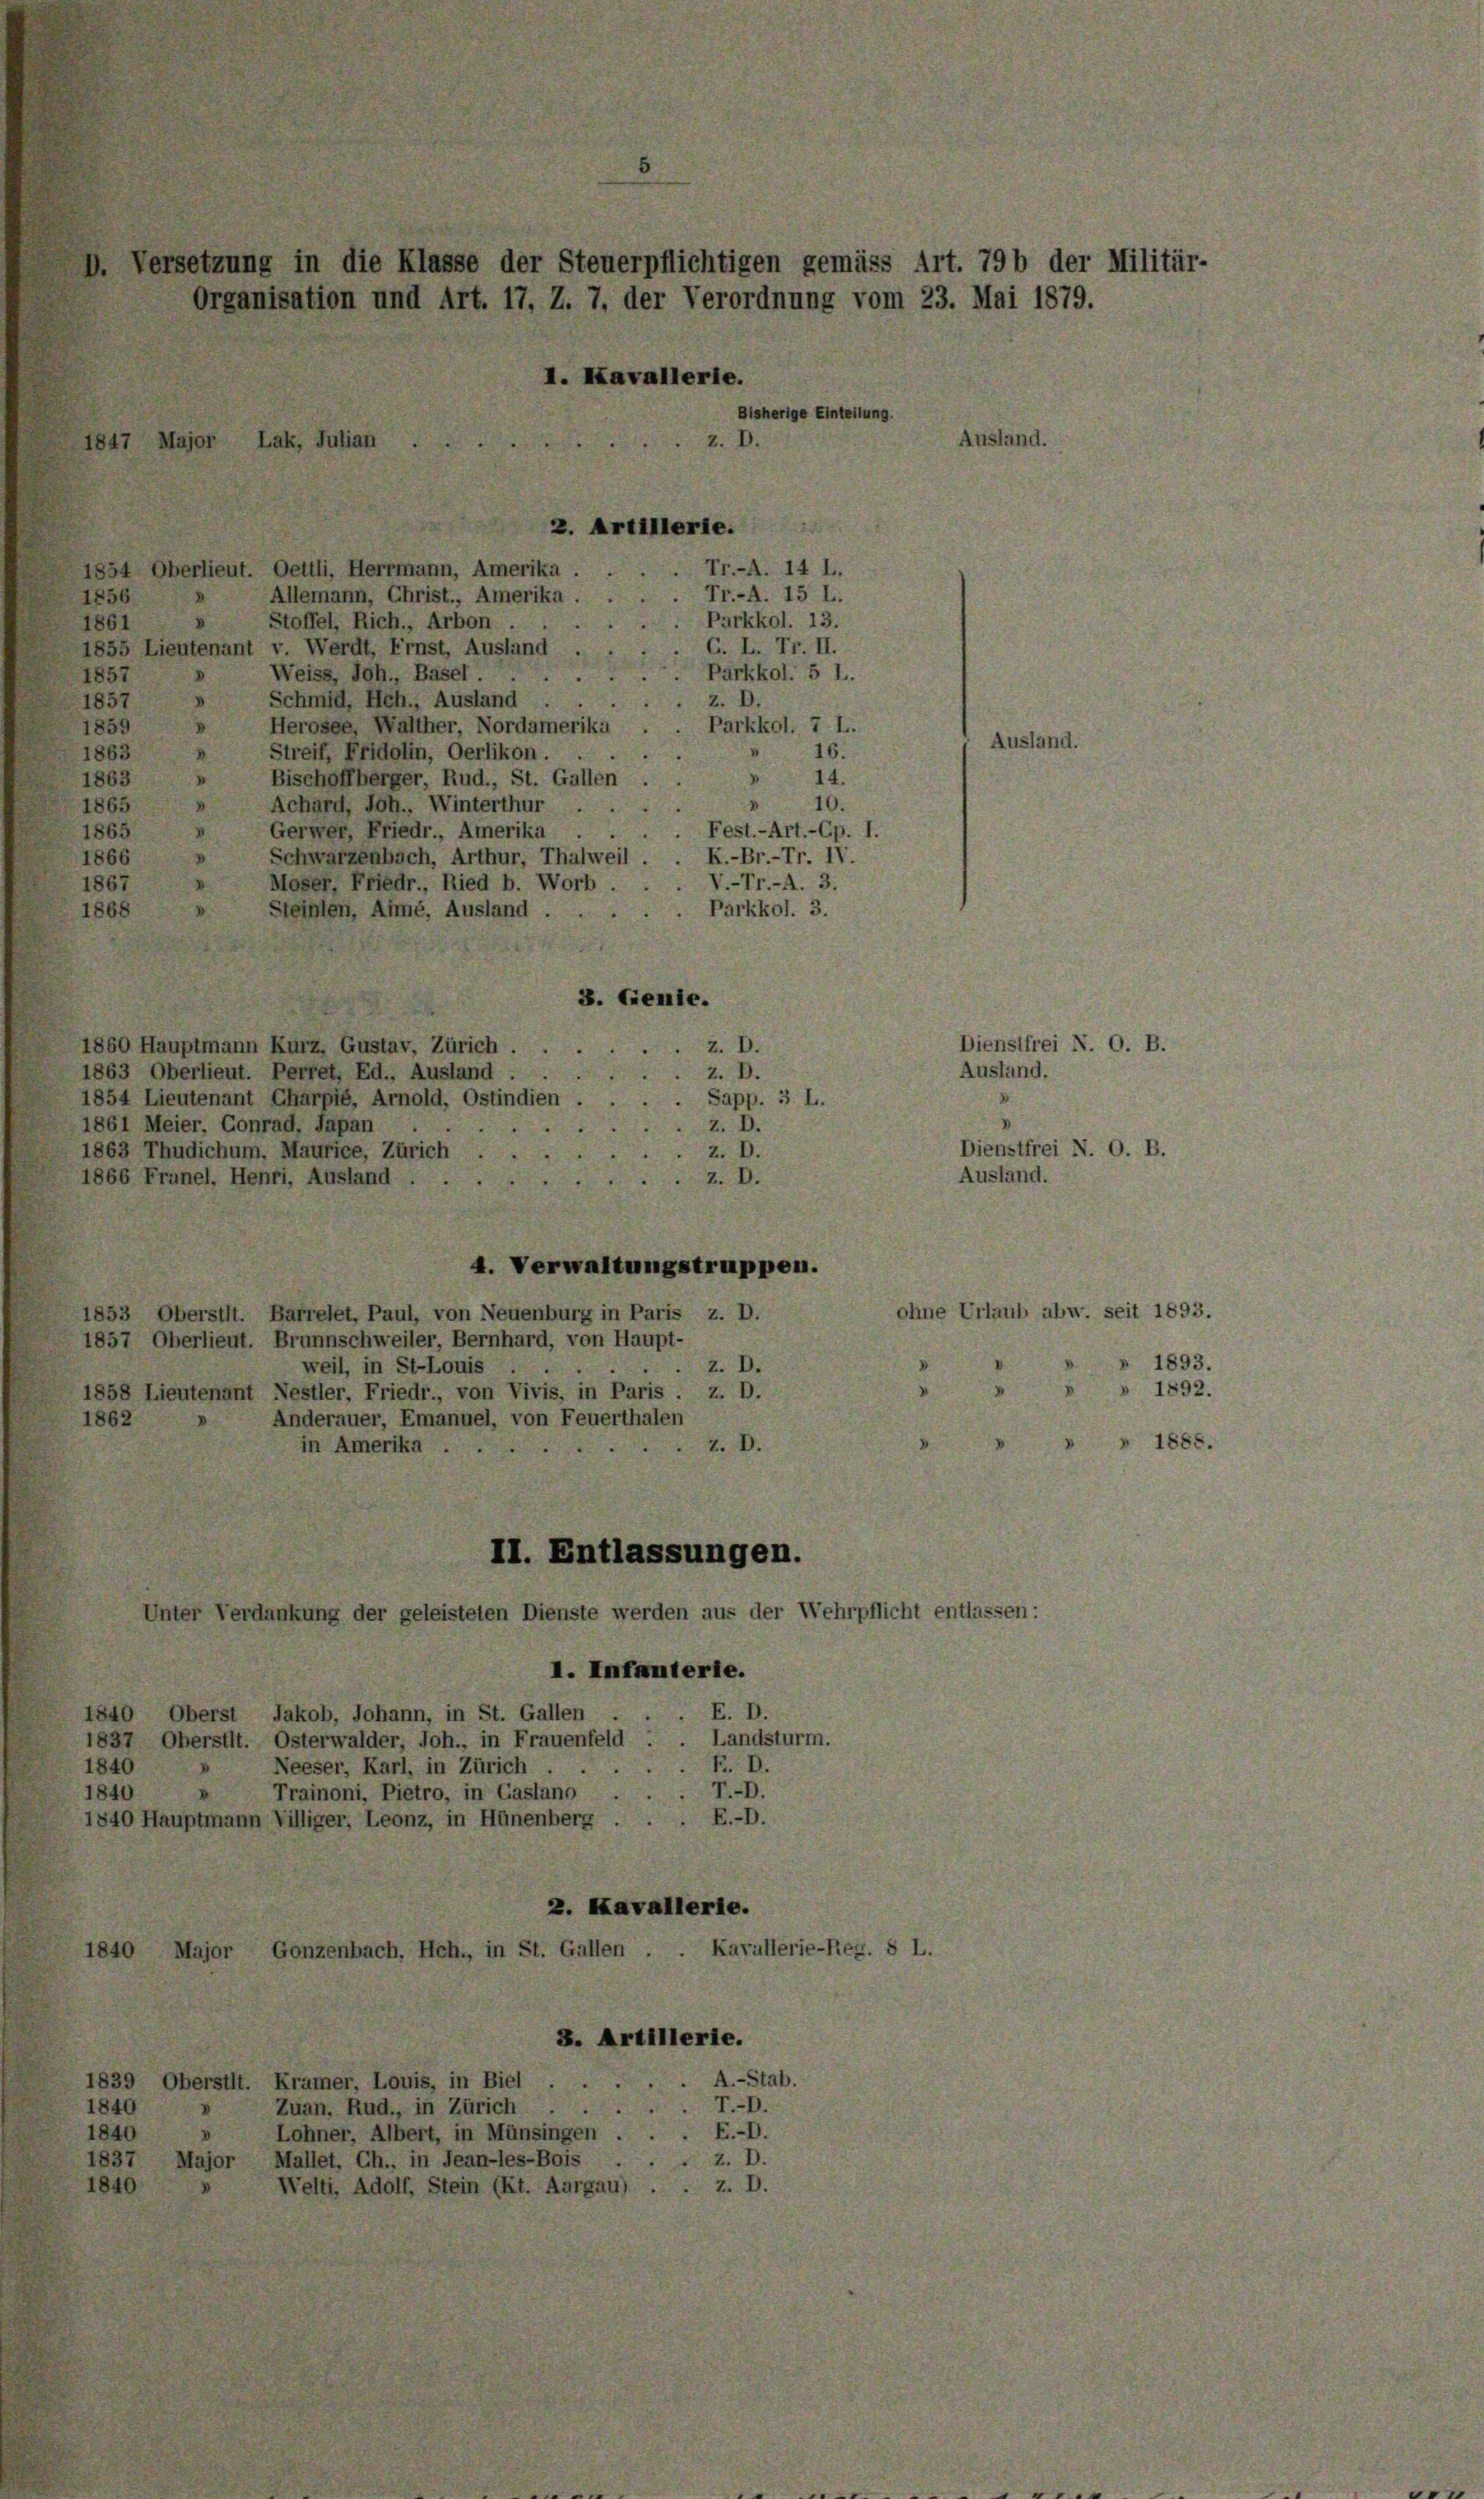
D. Versetzung in die Klasse der Steuerpflichtigen gemäss Art. 79b der Militär-
Organisation und Art. 17, Z. 7, der Verordnung vom 23. Mai 1879.
I. Kavallerie.

Bisherige Einteilung.
2. Artillerie.
1854 Oberlieut. Oettli, Herrmann, Amerika.
Tr.-A. 14 L.
Tr.-A. 15 L.
Allemann, Christ., Amerika.
1856
Parkkol. 13.
Stoffel, Rich., Arbon ...
1861
G. L. Fr. II.
1855 Lieutenant v. Werdt, Ernst, Ausland .
Weiss, Joh., Basel.
Parkkol. 5 l.
1857
I
d
Schmid, Hch., Ausland.
1857
z. D.
Herosee, Walther, Nordameriku
Parkkol. 7 L.
1859
V
Ausland.
16.
Streif, Fridolin, Oerlikon.
1863
D
V
Bischoffberger, Rud., St. Gallen
1863
14.
V
V
V
10.
Achard, Joh., Winterthur.
1865
Gerwer, Friedr., Amerika
Fest.-Art.-Gp. I.
1865
V.
Schwarzenbach, Arthur, Thalweil
1866
K.-Br.-Tr. IV.
.
V.-Tr.-A. 3.
Moser, Friedr., Ried b. Worb.
1867
Steinlen, Anmé, Ausland.
Pärkkol. 3.
1868
3. Genie.
Dienstfrei N. O. B.
1860 Hauptmann Kurz, Gustav, Zürich.
z. D.
Ausland.
1863 Oberlieut. Perret, Ed., Ausland .
Z. D.
Sapp. 3 L.
1854 Lieutenant Charpié, Arnold, Ostindien
»
z. D.
1861 Meier, Conrad, Japan .
Dienstfrei N. O. B.
z. D.
1863 Thudichum. Maurice, Zürich . .
Ausland.
Z. D.
1866 Franel, Henri, Ausland.
4. Verwaltungstruppen.
ohne Urlaub abw. seit 1893.
1853 Oberstit. Barrelet, Paul, von Neuenburg in Paris z. D.
1857 Oberlieut. Brunnschweiler, Bernhard, von Haupt-
1893.
z. D.
weil, in St-Louis
8
1892.
1858 Lieutenant Nestler, Friedr., von Vivis, in Paris . z. D.
1862
Anderauer, Emanuel, von Feuerthalen
» 1888.
z. D.
in Amerika .
II. Entlassungen.
Unter Verdankung der geleisteten Dienste werden aus der Wehrpflicht entlassen:
I. Infanterte.
E. D.
1840 Oberst Jakob, Johann, in St. Gallen .
Landsturm.
1837 Oberstit. Osterwalder, Joh., in Frauenfeld .
F. D.
1840
Neeser, Karl, in Zürich ...
.
T.-D.
1840
Trainoni, Pietro, in Gastano . .
1840 Hauptmann Villiger, Leonz, in Hünenberg . . . E.-D.
2. Kavallerie.
Kavallerie-Reg. 8 L.
1840 Major Gonzenbach, Hch., in St. Gallen.
3. Artillerie.
A.-Stab.
1839 Oberstit. Kramer, Louis, in Biel
T.-D.
1840
» Zuan, Rud., in Zürich ..
1840
E.-D.
Lohner, Albert, in Münsingen .
z. D.
1837 Major Mallet, Ch., in Jean-les-Bois
1840
Welti, Adolf, Stein (lt. Aargau) . . z. D.

1847 Major Lak, Julian

Ausland.